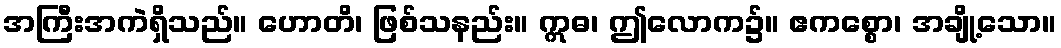
အကြီးအကဲရှိသည်။ ဟောတိ၊ ဖြစ်သနည်း။ ဣဓ၊ ဤလောက၌။ ဧကစ္စော၊ အချို့သော။